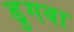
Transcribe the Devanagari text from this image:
डुगबा